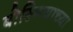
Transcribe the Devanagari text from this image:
बोस्नियाच्या